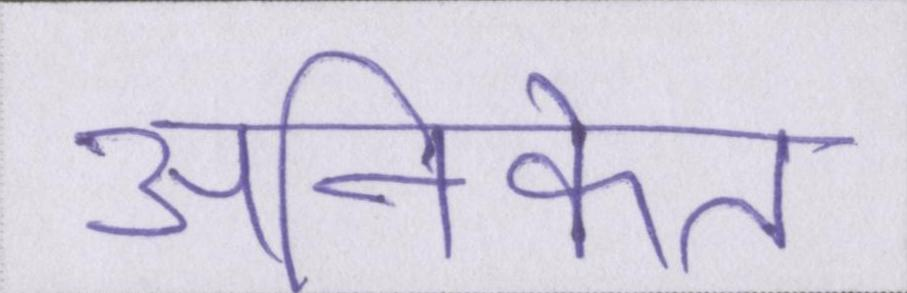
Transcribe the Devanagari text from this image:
अनिकेत